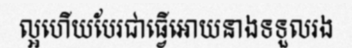
ល្អហើយបែរជាធ្វើអោយនាងទទួលរង